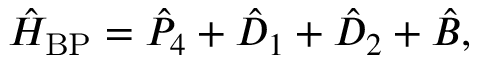
\begin{array} { r } { \hat { H } _ { \mathrm { B P } } = \hat { P } _ { 4 } + \hat { D } _ { 1 } + \hat { D } _ { 2 } + \hat { B } , } \end{array}